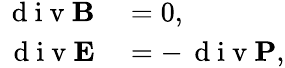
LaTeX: \begin{array}{rl}{\, \mathrm{~d~i~v~}\textbf{B}}&{{}=0,}\\ {\, \mathrm{~d~i~v~}\textbf{E}}&{{}=-\, \mathrm{~d~i~v~}\textbf{P},}\end{array}